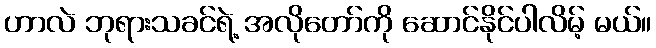
ဟာလဲ ဘုရားသခင်ရဲ့ အလိုတော်ကို ဆောင်နိုင်ပါလိမ့် မယ်။